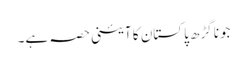
جونا گڑھ پاکستان کا آئینی حصہ ہے۔